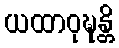
ယထာဝုဍ္ဎန္တိ